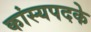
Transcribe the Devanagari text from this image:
कांस्यपदके